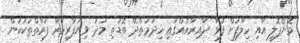
މޮނޯޕޮލީ އާއި ހިލާފަށް ފުޅާ ދާއިރާއެއްގައި ހިދުމަތްދޭ ބޮޑަތި މަދު ވިޔަފާރިކުރާ ފަރާތްތަކަކުން